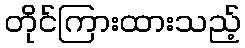
တိုင်ကြားထားသည့်